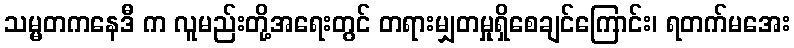
သမ္မတကနေဒီ က လူမည်းတို့အရေးတွင် တရားမျှတမှုရှိစေချင်ကြောင်း၊ ရတက်မအေး